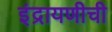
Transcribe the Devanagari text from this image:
इंद्रायणीची